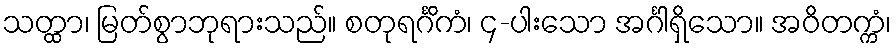
သတ္ထာ၊ မြတ်စွာဘုရားသည်။ စတုရင်္ဂိကံ၊ ၄-ပါးသော အင်္ဂါရှိသော။ အဝိတက္ကံ၊